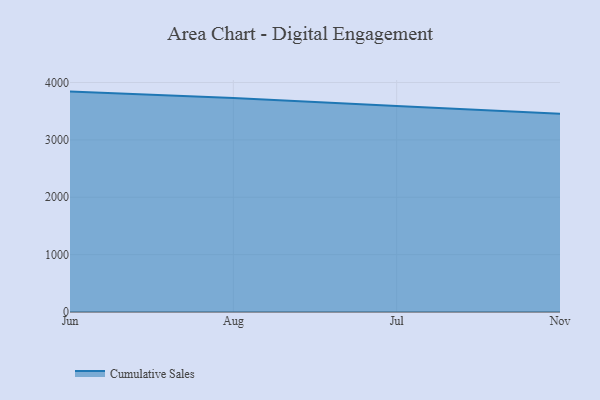
{"axis": {"x": "Month", "y": "Active Users"}, "legend": ["Cumulative Sales"], "data": [{"x": "Jun", "y": 3842.0, "type": "Cumulative Sales"}, {"x": "Aug", "y": 3730.9, "type": "Cumulative Sales"}, {"x": "Jul", "y": 3591.7, "type": "Cumulative Sales"}, {"x": "Nov", "y": 3457.3, "type": "Cumulative Sales"}]}